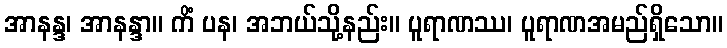
အာနန္ဒ၊ အာနန္ဒာ။ ကိံ ပန၊ အဘယ်သို့နည်း။ ပူရာဏဿ၊ ပူရာဏအမည်ရှိသော။